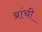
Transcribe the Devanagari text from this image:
ब्रांची